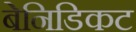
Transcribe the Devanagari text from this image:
बेनिडिकट